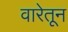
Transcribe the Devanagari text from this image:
वारेतून